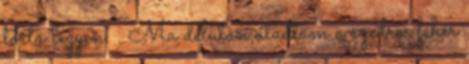
torta legyen. . Ma délután átadtam a szedres fehér